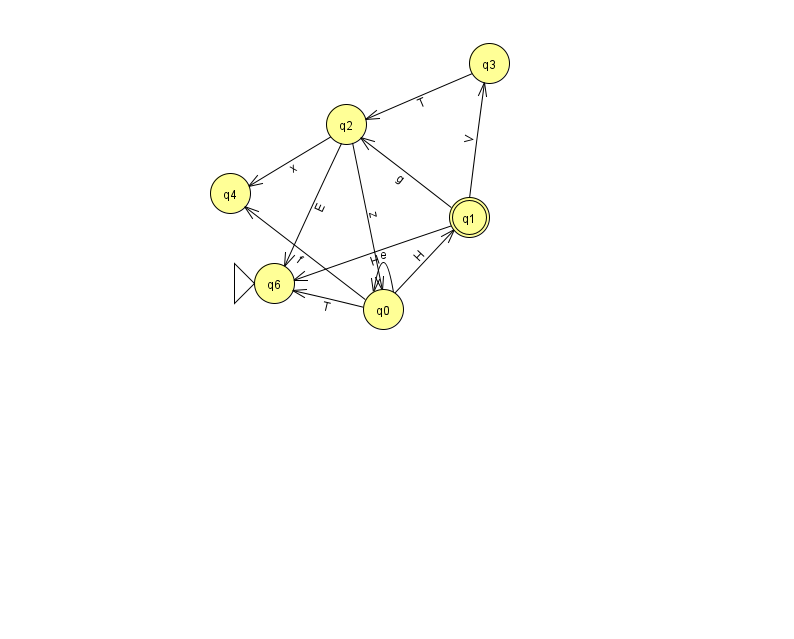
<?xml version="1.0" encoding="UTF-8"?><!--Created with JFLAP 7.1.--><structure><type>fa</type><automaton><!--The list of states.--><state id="0" name="q0"><x>383.0</x><y>296.0</y></state><state id="1" name="q1"><x>469.0</x><y>204.0</y><final/></state><state id="2" name="q2"><x>346.0</x><y>111.0</y></state><state id="3" name="q3"><x>489.0</x><y>50.0</y></state><state id="4" name="q4"><x>230.0</x><y>180.0</y></state><state id="6" name="q6"><x>274.0</x><y>270.0</y><initial/></state><!--The list of transitions.--><transition><from>2</from><to>6</to><read>E</read></transition><transition><from>0</from><to>4</to><read>f</read></transition><transition><from>2</from><to>4</to><read>x</read></transition><transition><from>1</from><to>3</to><read>V</read></transition><transition><from>1</from><to>6</to><read>H</read></transition><transition><from>2</from><to>0</to><read>z</read></transition><transition><from>0</from><to>0</to><read>e</read></transition><transition><from>3</from><to>2</to><read>T</read></transition><transition><from>1</from><to>2</to><read>g</read></transition><transition><from>0</from><to>1</to><read>H</read></transition><transition><from>0</from><to>6</to><read>T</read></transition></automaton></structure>